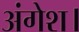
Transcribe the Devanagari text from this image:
अंगेश।